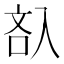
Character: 𠓬